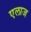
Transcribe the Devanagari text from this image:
एलाज